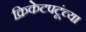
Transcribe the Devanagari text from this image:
क्रिकेटपटूंच्या